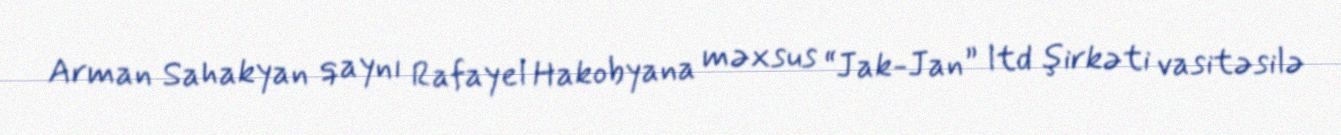
Arman Sahakyan qaynı Rafayel Hakobyana məxsus “Jak-Jan” ltd şirkəti vasitəsilə